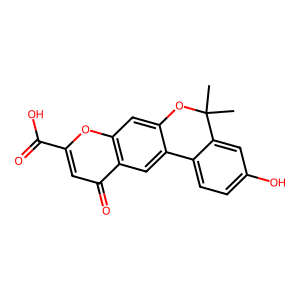
SMILES: CC1(C)Oc2cc3oc(C(=O)O)cc(=O)c3cc2-c2ccc(O)cc21
Inhibits HIV replication: No